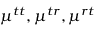
\boldsymbol { \mu } ^ { t t } , \boldsymbol { \mu } ^ { t r } , \boldsymbol { \mu } ^ { r t }